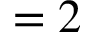
= 2